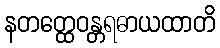
နတတ္ထေဝန္တရဓာယထာတိ